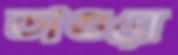
ডাগুরে